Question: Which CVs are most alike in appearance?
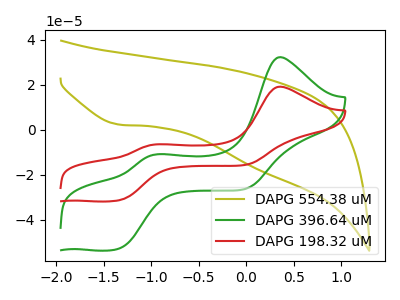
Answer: <think>The olive curve "DAPG 554.38 uM" has a cathodic peak at: (-1.35V, 2.35uA). The green curve "DAPG 396.64 uM" has anodic peaks at (0.35V, 32.25uA) (-0.95V, -10.90uA) and cathodic peaks at (-1.35V, -52.70uA) (0.00V, -26.10uA). The red curve "DAPG 198.32 uM" has anodic peaks at (0.35V, 19.15uA) (-0.95V, -6.45uA) and cathodic peaks at (-1.35V, -31.25uA) (0.00V, -15.50uA).
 "DAPG 554.38 uM" and "DAPG 396.64 uM" have a different number of peaks. "DAPG 554.38 uM" and "DAPG 198.32 uM" have a different number of peaks. All the peaks in "DAPG 396.64 uM" have a peak in "DAPG 198.32 uM" at the same potential.</think>
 <answer>"DAPG 396.64 uM" and "DAPG 198.32 uM" have the same shape and are likely CV's of the same chemical.</answer>
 <eval>"DAPG 396.64 uM" "DAPG 198.32 uM"</eval>